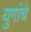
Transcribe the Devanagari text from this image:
युगांचे